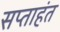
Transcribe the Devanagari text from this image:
सप्‍ताहंत